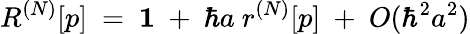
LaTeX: R^{(N)}[p]\ =\ {\mathbf 1}\ +\ \hbar a\ r^{(N)}[p]\ +\ O(\hbar^{2}a^{2})